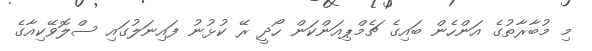
މި މުބާރާތުގެ އަންހެން ބައިގެ ޗެމްޕިއަންކަން ހޯދީ ރޭ ކުޅުނު ފައިނަލުގައި ސްލޮވޭކިއާގެ